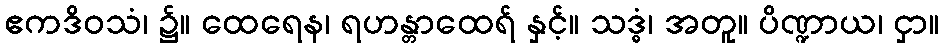
ဧကဒိဝသံ၊ ၌။ ထေရေန၊ ရဟန္တာထေရ် နှင့်။ သဒ္ဓံ၊ အတူ။ ပိဏ္ဍာယ၊ ငှာ။